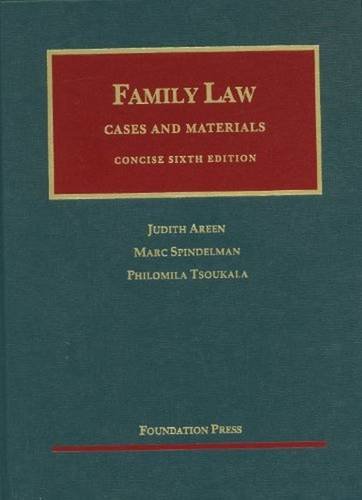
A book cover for Family Law (University Casebook Series); Judith Areen; Law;